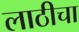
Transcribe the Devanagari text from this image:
लाठीचा